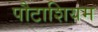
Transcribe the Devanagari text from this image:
पौटाशियम